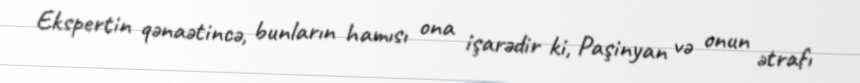
Ekspertin qənaətincə, bunların hamısı ona işarədir ki, Paşinyan və onun ətrafı